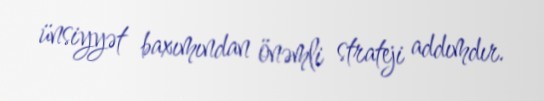
ünsiyyət baxımından önəmli strateji addımdır.